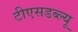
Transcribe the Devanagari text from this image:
टीएसडब्ल्यू